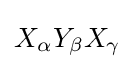
X_{\alpha }Y_{\beta }X_{\gamma }